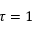
\tau = 1